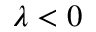
\lambda < 0